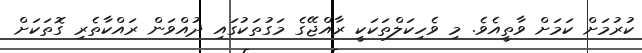
ކުރުމަށް ކަމަށް ވާތީއެވެ. މި ވެހިކަލްތަކަކީ ރާއްޖޭގެ މަގުތަކުގައި ދުއްވަން ރައްކާތެރި ގޮތަކަށް